Sleeping sickness
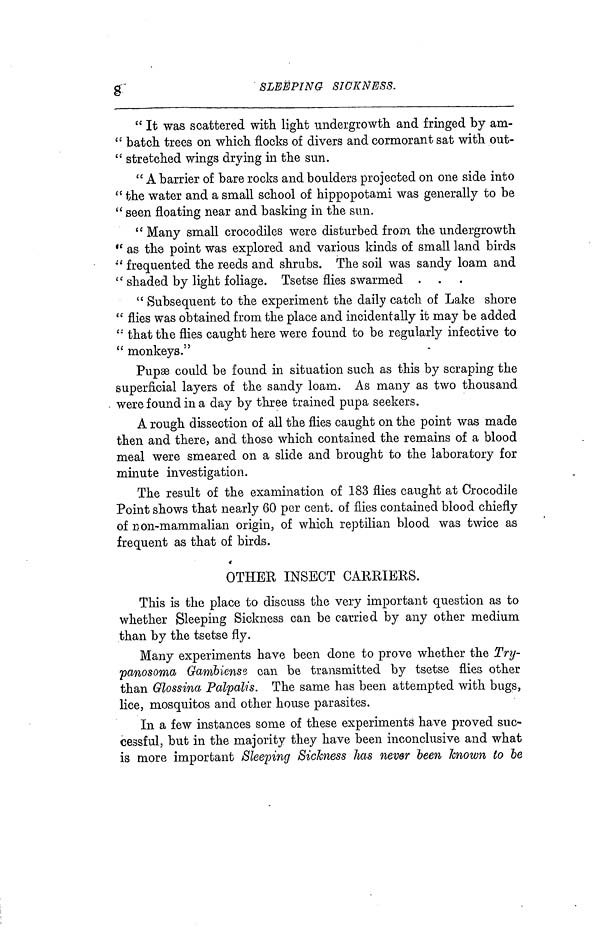
g
SLEEPING
SICKNESS.
" It was scattered with, light undergrowth and fringed by am-
" batch trees on which flocks of divers and cormorant sat with out-
" stretched wings drying in the sun.
" A barrier of bare rocks and boulders projected on one side into
" the water and a small school of hippopotami was generally to be
" seen floating near and basking in the sun.
" Many small crocodiles were disturbed from the undergrowth
" as the point was explored and various kinds of small land birds
" frequented the reeds and shrubs. The soil was sandy loam and
" shaded by light foliage. Tsetse flies swarmed.
" Subsequent to the experiment the daily catch of Lake shore
" flies was obtained from the place and incidentally it may be added
" that the flies caught here were found to be regularly infective to
" monkeys."
Pupse could be found in situation such as this by scraping the
superficial layers of the sandy loam. As many as two thousand
were found in a day by three trained pupa seekers.
A rough dissection of all the flies caught on the point was made
then and there, and those which contained the remains of a blood
meal were smeared on a slide and brought to the laboratory for
minute investigation.
The result of the examination of 183 flies caught at Crocodile
Point shows that nearly 60 per cent, of flies contained blood chiefly
of Β on-mammalian origin, of which reptilian blood was twice as
frequent as that of birds.
OTHER INSECT CARRIERS.
This is the place to discuss the very important question as to
whether Sleeping Sickness can be carried by any other medium
than by the tsetse fly.
Many experiments have been done to prove whether the Try-
panosoma Gambiense. can be transmitted by tsetse flies other
than Glossina Palpalis. The same has been attempted with bugs,
lice, mosquitos and other house parasites.
In a few instances some of these experiments have proved suc-
cessful, but in the majority they have been inconclusive and what
is more important Sleeping Sickness has never been known to be